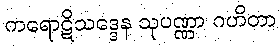
ကရောဋိသဒ္ဒေန သုပဏ္ဏာ ဂဟိတာ